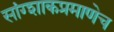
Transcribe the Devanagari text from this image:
सांग्शाकप्रमाणेच